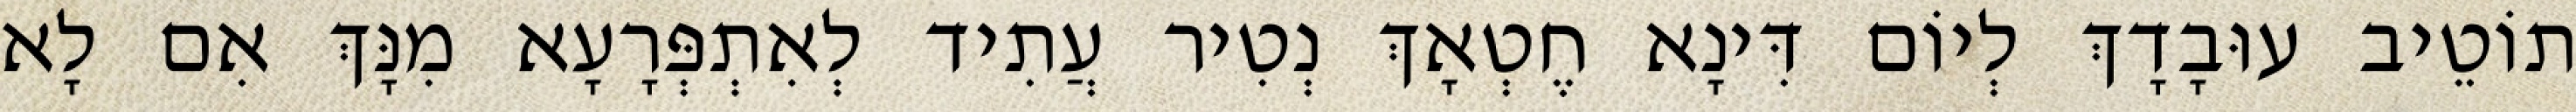
תוֹטֵיב עוּבָדָךְ לְיוֹם דִּינָא חֶטְאָךְ נְטִיר עֲתִיד לְאִתְפְּרָעָא מִנָּךְ אִם לָא